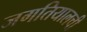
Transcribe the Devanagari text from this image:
जगतियालची